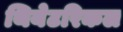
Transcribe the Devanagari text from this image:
थियेटरिकल